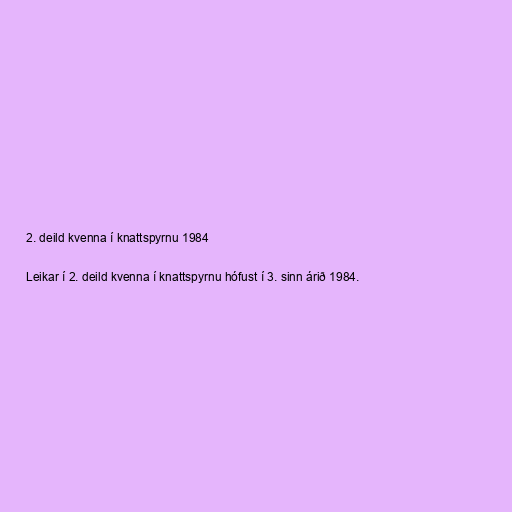
2. deild kvenna í knattspyrnu 1984

Leikar í 2. deild kvenna í knattspyrnu hófust í 3. sinn árið 1984.